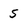
Character: 5